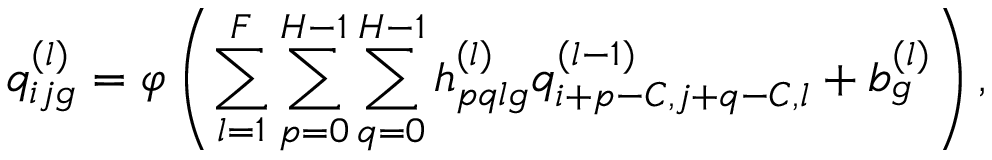
q _ { i j g } ^ { ( l ) } = \varphi \left( \sum _ { l = 1 } ^ { F } \sum _ { p = 0 } ^ { H - 1 } \sum _ { q = 0 } ^ { H - 1 } h _ { p q l g } ^ { ( l ) } q _ { i + p - C , j + q - C , l } ^ { ( l - 1 ) } + b _ { g } ^ { ( l ) } \right) ,